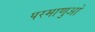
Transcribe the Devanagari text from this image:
परमाणुओ